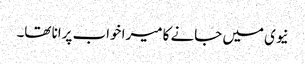
نیوی میں جانے کا میرا خواب پرانا تھا۔